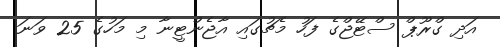
އަދި ގްރޫޕް ސްޓޭޖްގެ ފަހު މެޗުގައި އާޖެންޓީނާ މި މަހުގެ 25 ވަނަ